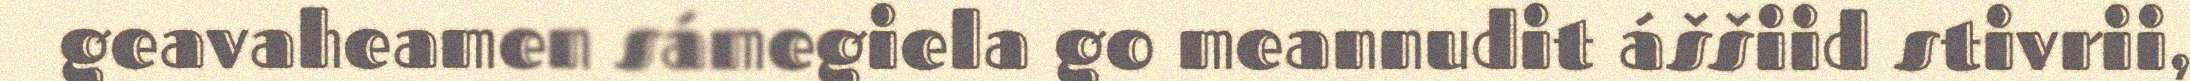
geavaheamen sámegiela go meannudit áššiid stivrii,